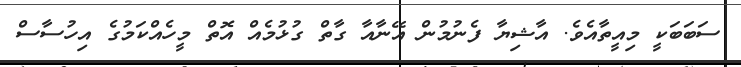
ސަބަބަކީ މިއީތާއެވެ. އާޝިޔާ ފެނުމުން އޭނާއާ ގާތް ގުޅުމެއް އޮތް މީހެއްކަމުގެ އިހުސާސް